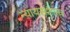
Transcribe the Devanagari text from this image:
न्यायसशास्त्र